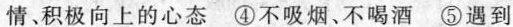
情积极向上的心态 ④不吸烟、不喝酒 ⑤遇到